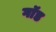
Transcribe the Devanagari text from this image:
गाॅड